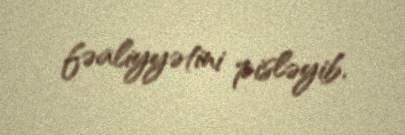
fəaliyyətini pisləyib.